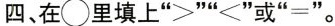
四、在\bigcirc 里填上”>””<”或”=” 。